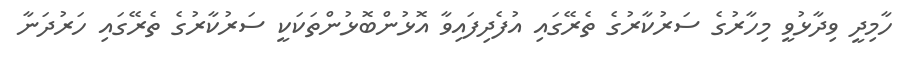
ހާމިދީ ވިދާޅުވީ މިހާރުގެ ސަރުކާރުގެ ތެރޭގައި އުފެދިފައިވާ އޮޅުންބޮޅުންތަކަކީ ސަރުކާރުގެ ތެރޭގައި ހަރުދަނާ